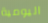
اليومية